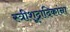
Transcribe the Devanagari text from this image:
स्त्रीशूद्रादिकांना